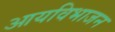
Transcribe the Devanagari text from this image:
आयविभाजन